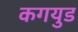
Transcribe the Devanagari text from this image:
कगयुड